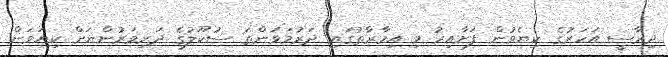
ދިރާސީ އަހަރުގެ ކިޔެވުން ފަށާއިރު މި އިމާރާތުގައި ދަރުމަވަންތަ ސުކޫލުގެ ދަރިވަރުންނަށް ކިޔަވަން